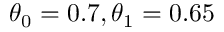
\theta _ { 0 } = 0 . 7 , \theta _ { 1 } = 0 . 6 5